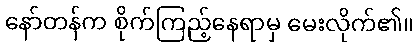
နော်တန်က စိုက်ကြည့်နေရာမှ မေးလိုက်၏။